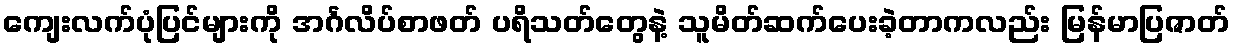
ကျေးလက်ပုံပြင်များကို အင်္ဂလိပ်စာဖတ် ပရိသတ်တွေနဲ့ သူမိတ်ဆက်ပေးခဲ့တာကလည်း မြန်မာပြဇာတ်